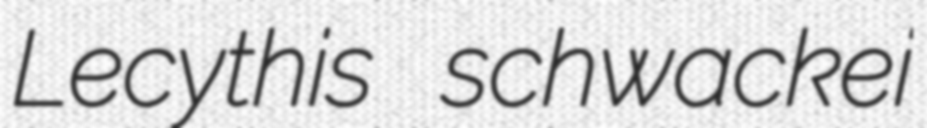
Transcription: Lecythis schwackei